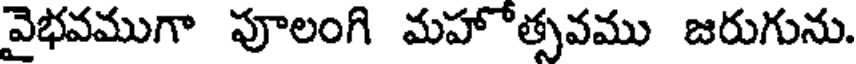
వైభవముగా పూలంగి మహోత్సవము జరుగును.